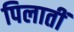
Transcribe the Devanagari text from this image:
पिलातीं